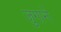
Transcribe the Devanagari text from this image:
जुगाने